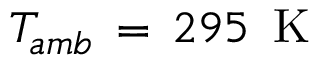
T _ { a m b } \, = \, 2 9 5 \, \mathrm { ~ K ~ }